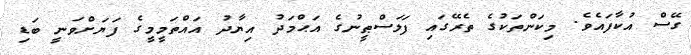
ގޭސް އުކާފައެވެ. މިކަންތަކުގެ ތެރޭގައި ފަލަސްޠީނުގެ އަޙްމަދު އިޔާދު އައްތަމީމީގެ ފަޔަށްވަނީ ބަޑި